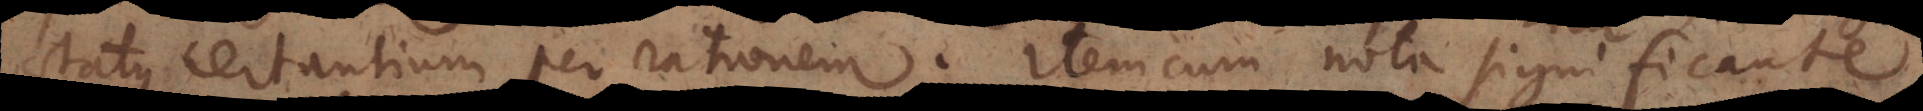
status certantium per rationem. Item cum nota significante